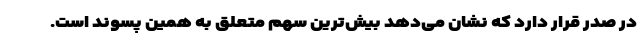
در صدر قرار دارد که نشان می‌دهد بیش‌ترین سهم متعلق به همین پسوند است.